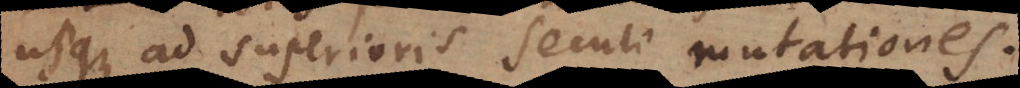
usque ad superioris seculi mutationes.